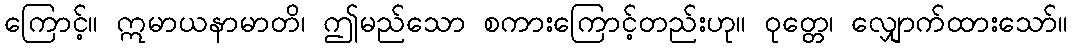
ကြောင့်။ ဣမာယနာမာတိ၊ ဤမည်သော စကားကြောင့်တည်းဟု။ ဝုတ္တေ၊ လျှောက်ထားသော်။